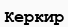
Керкир